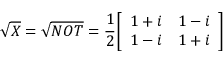
{ \sqrt { X } } = { \sqrt { N O T } } = { \frac { 1 } { 2 } } { \left[ \begin{array} { l l } { 1 + i } & { 1 - i } \\ { 1 - i } & { 1 + i } \end{array} \right] }